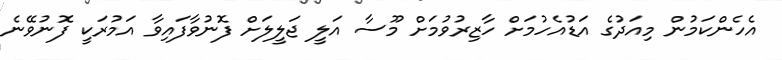
އެހެންކަމުން މިއަދުގެ އަޑުއެހުމަށް ހާޒިރުވުމަށް މޫސާ އަލީ ޖަލީލަށް ފޮނުވާފައިވާ އަމުރަކީ ފޮނުވޭނެ